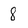
Character: 8